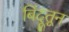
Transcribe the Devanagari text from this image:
बिंदूतून